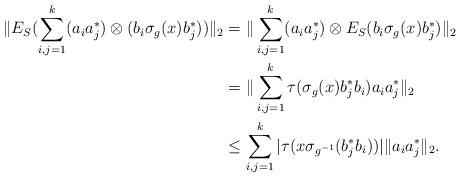
LaTeX: \begin{align*}\| E_{S}(\sum^k _{i,j=1}(a_i a_j^*) \otimes (b_i\sigma_g(x) b^*_j))\|_2 & =\|\sum^k _{i,j=1} (a_i a^*_j) \otimes E_{S}(b_i \sigma_g (x) b^*_j)\|_2 \\ &=\|\sum^k _{i,j=1} \tau( \sigma_g (x) b^*_jb_i) a_i a^*_j \|_2\\ &\leq\sum^k _{i,j=1} |\tau( x \sigma_{g^{-1}} (b^*_jb_i))| \| a_i a^*_j \|_2.\end{align*}